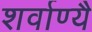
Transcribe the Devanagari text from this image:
शर्वाण्यै